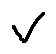
v